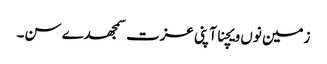
زمین نوں ویچنا آپنی عزت سمجھدے سن۔